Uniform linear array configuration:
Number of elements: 32
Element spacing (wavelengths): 0.25
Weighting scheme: hamming
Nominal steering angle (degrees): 15
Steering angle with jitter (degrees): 13.831
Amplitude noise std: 0.05
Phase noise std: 0.05

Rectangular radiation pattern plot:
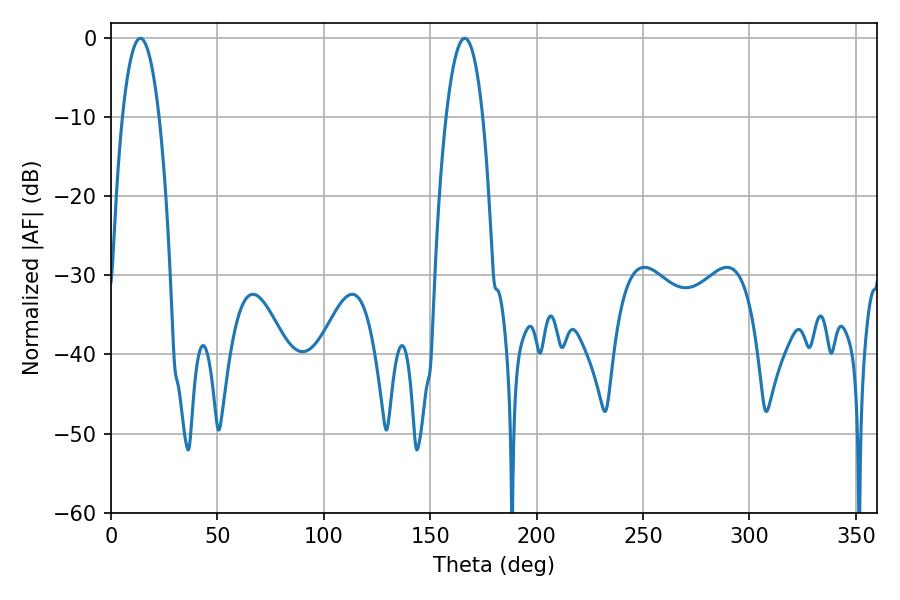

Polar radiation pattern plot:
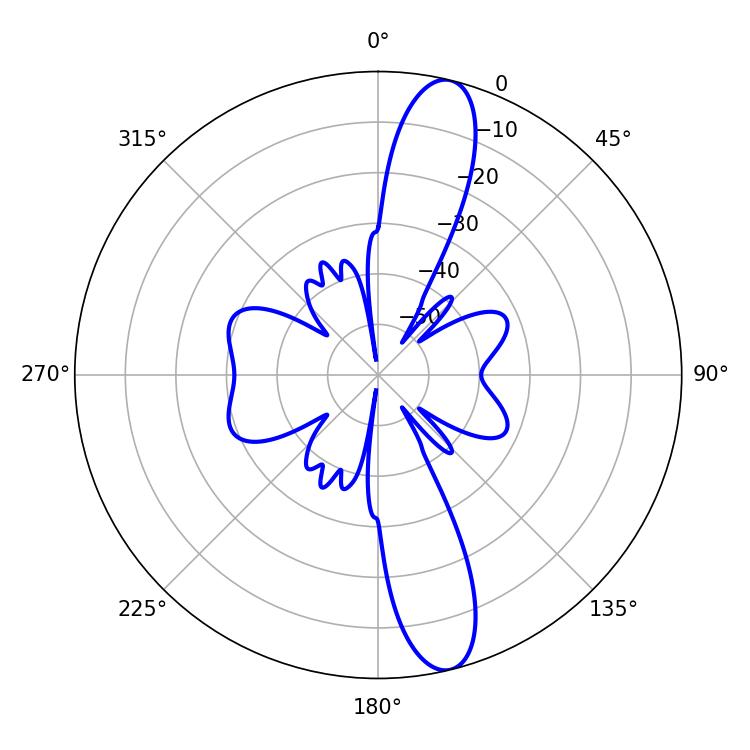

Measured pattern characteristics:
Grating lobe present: FALSE
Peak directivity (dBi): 13.725
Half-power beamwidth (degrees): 9.54
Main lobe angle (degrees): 13.86